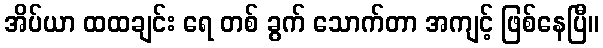
အိပ်ယာ ထထချင်း ရေ တစ် ခွက် သောက်တာ အကျင့် ဖြစ်နေပြီ။